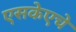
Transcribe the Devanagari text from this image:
एसकेएचे